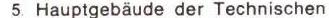
5. Hauptgebäude der Technischen